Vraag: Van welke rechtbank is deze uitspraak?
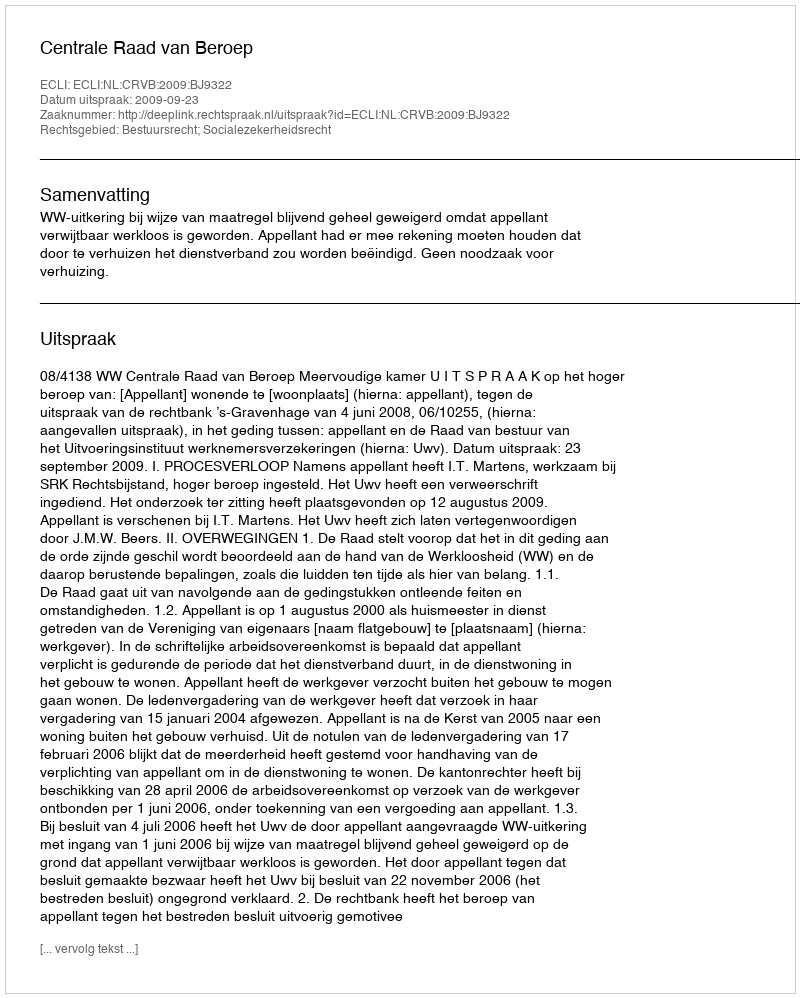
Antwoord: Centrale Raad van Beroep